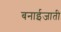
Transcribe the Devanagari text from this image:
बनाईजाती